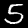
Digit: 5